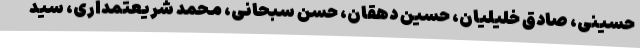
حسینی، صادق خلیلیان، حسین دهقان، حسن سبحانی، محمد شریعتمداری، سید